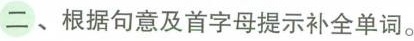
二、根据句意及首字母提示补全单词.